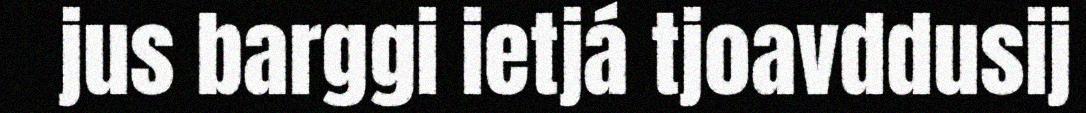
jus barggi ietjá tjoavddusij